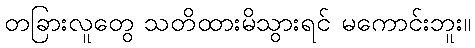
တခြားလူတွေ သတိထားမိသွားရင် မကောင်းဘူး။